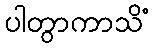
ပါတွာကာသိံ